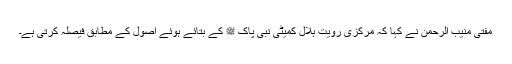
مفتی منیب الرحمن نے کہا کہ مرکزی رویت ہلال کمیٹی نبی پاک ﷺ کے بتائے ہوئے اصول کے مطابق فیصلہ کرتی ہے۔